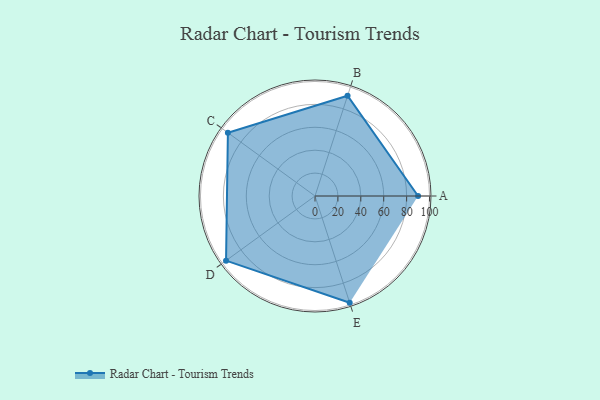
{"axis": {"x": "Skill", "y": "Score"}, "legend": ["Profile"], "data": [{"x": "A", "y": 90.0, "type": "Profile"}, {"x": "B", "y": 92.0, "type": "Profile"}, {"x": "C", "y": 94.0, "type": "Profile"}, {"x": "D", "y": 96.0, "type": "Profile"}, {"x": "E", "y": 98.0, "type": "Profile"}]}